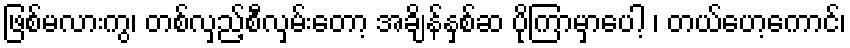
ဖြစ်မလားကွ၊ တစ်လှည့်စီလှမ်းတော့ အချိန်နှစ်ဆ ပိုကြာမှာပေါ့ ၊ တယ်ဟေ့ကောင်၊